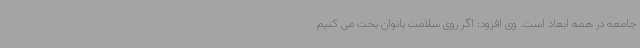
جامعه در همه ابعاد است. وی افزود: اگر روی سلامت بانوان بحث می کنیم